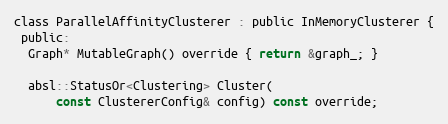
Language: C
class ParallelAffinityClusterer : public InMemoryClusterer {
 public:
  Graph* MutableGraph() override { return &graph_; }

  absl::StatusOr<Clustering> Cluster(
      const ClustererConfig& config) const override;